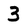
Character: 3